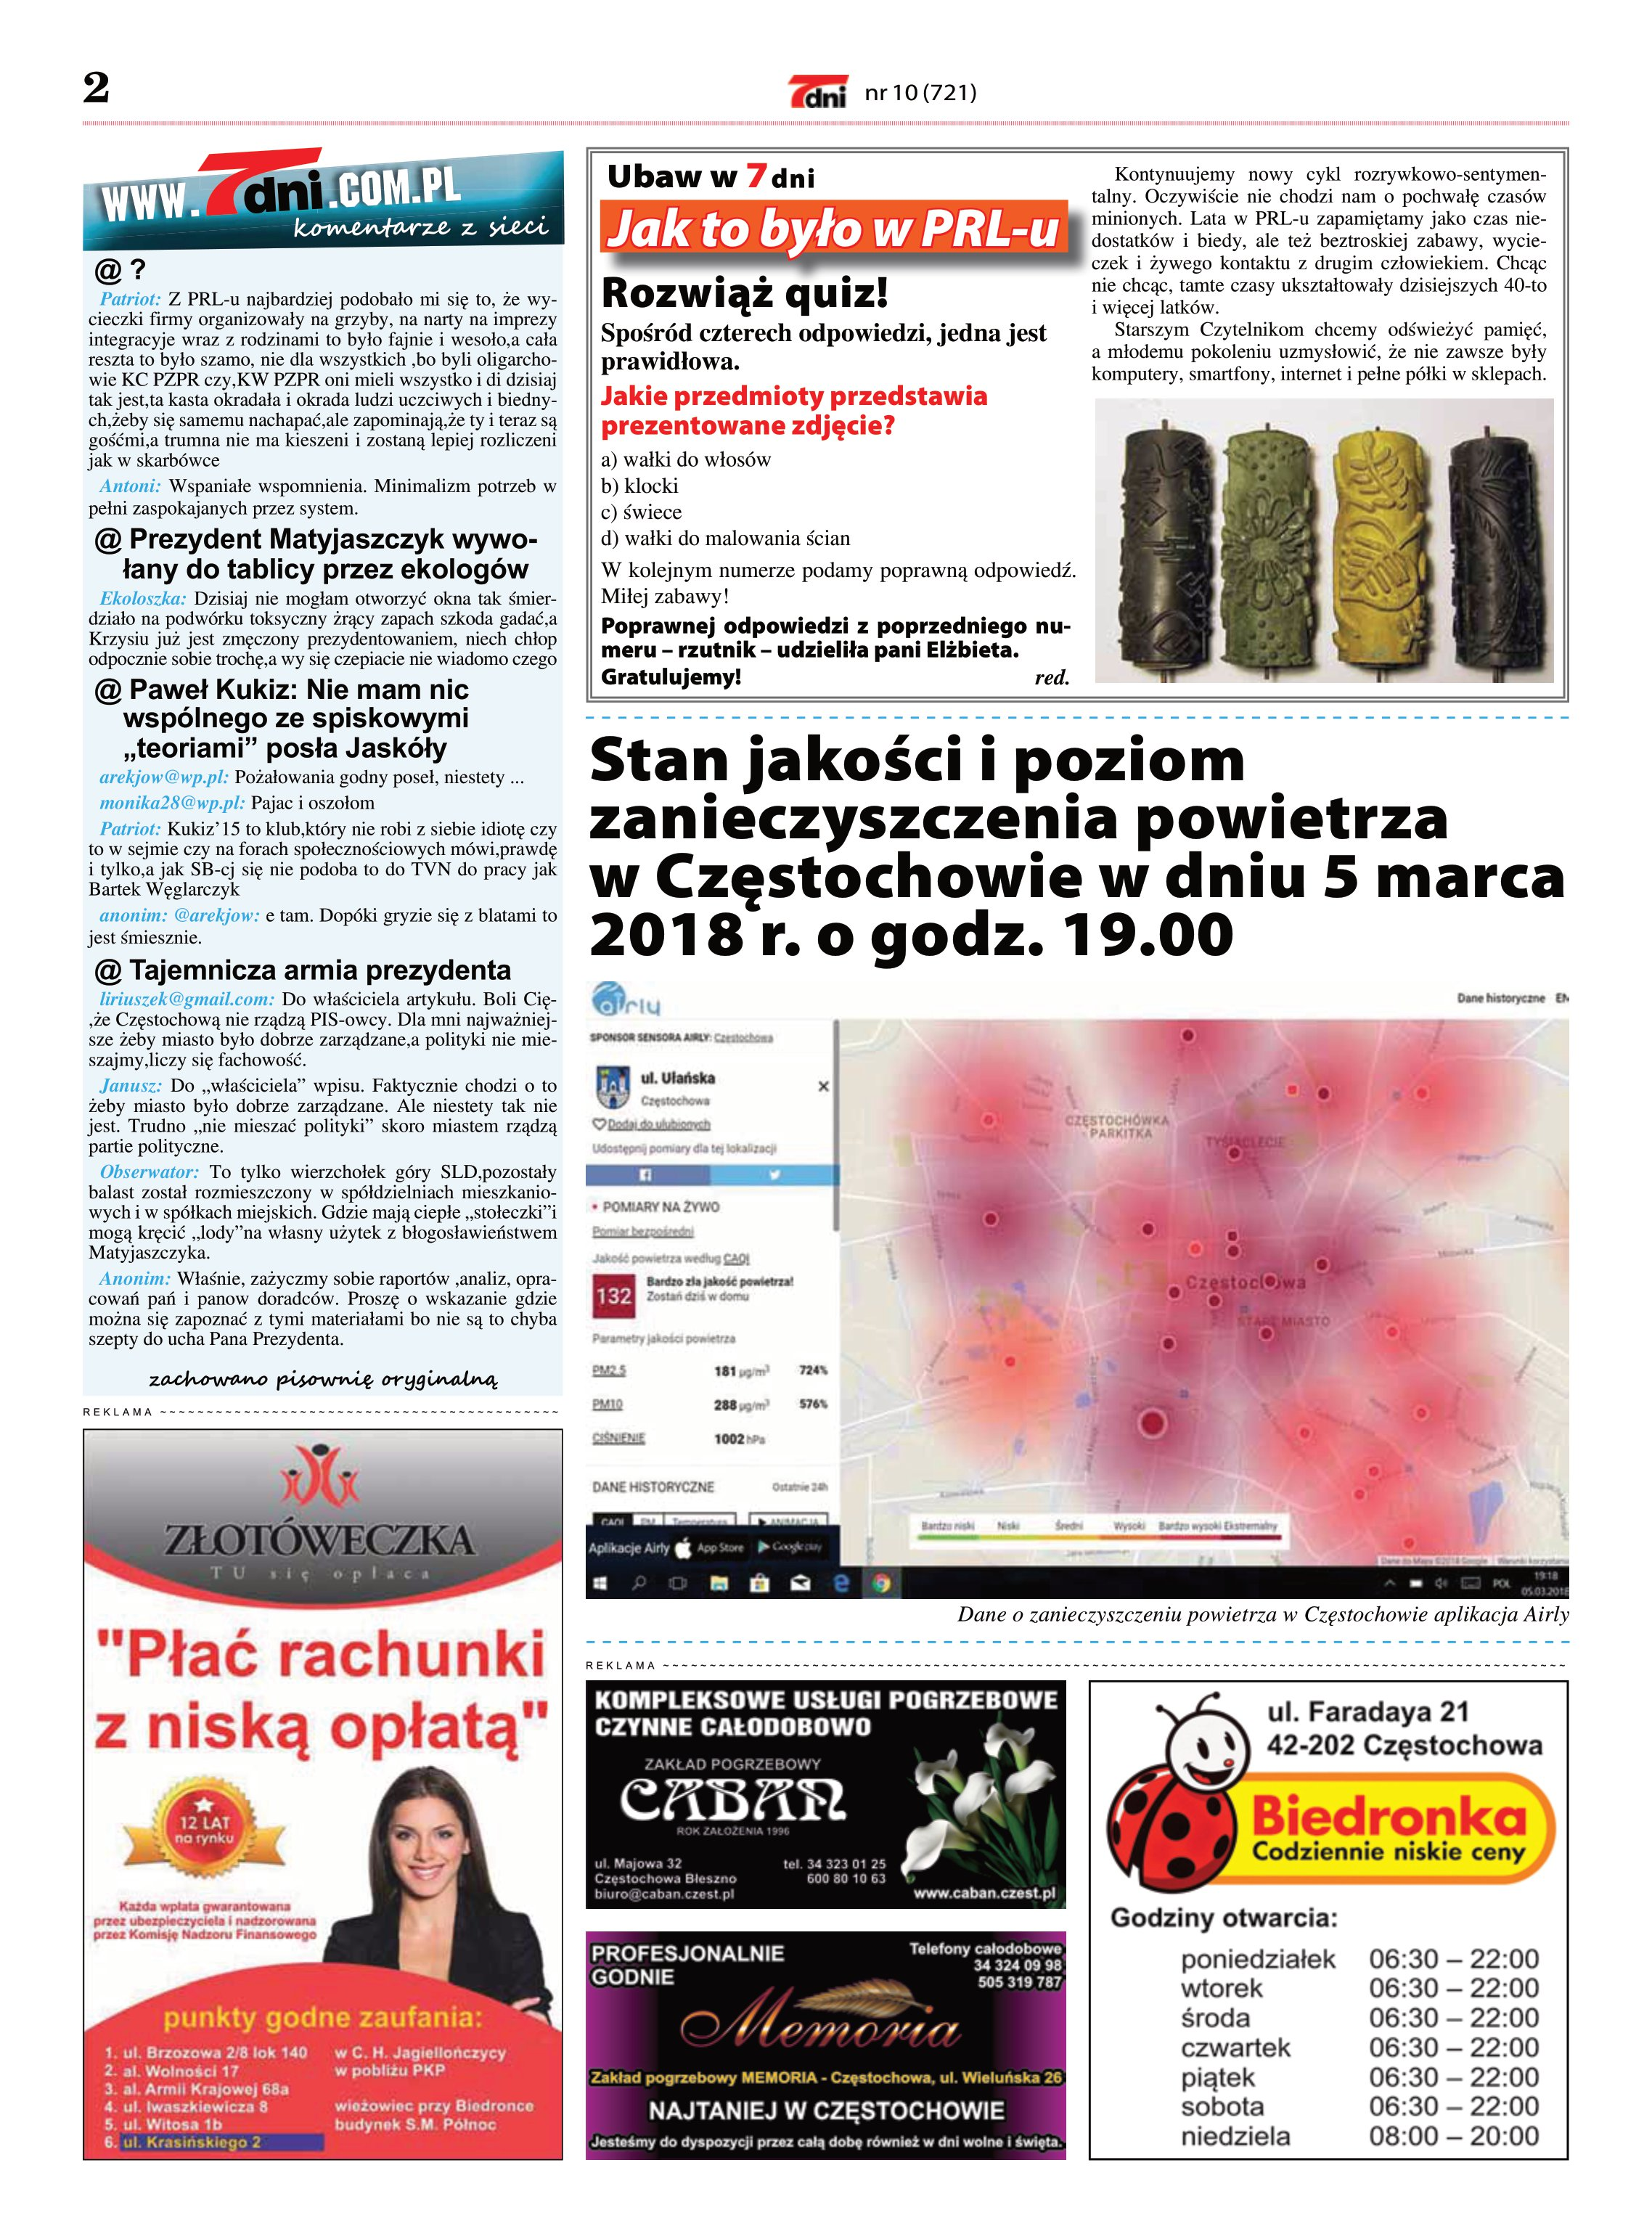
Language: pl